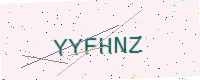
Text: YYFHNZ